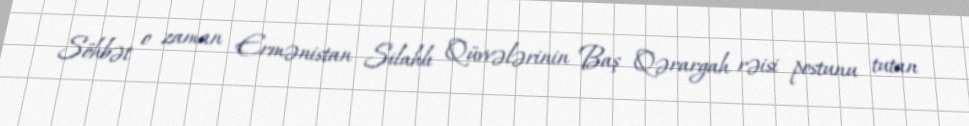
Söhbət o zaman Ermənistan Silahlı Qüvvələrinin Baş Qərargah rəisi postunu tutan